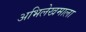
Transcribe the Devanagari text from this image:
अभिलेखमाला